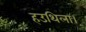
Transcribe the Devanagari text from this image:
हउथिला।